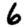
Digit: 6